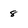
Character: 8